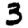
Digit: 3